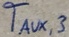
Text: TAUX,3